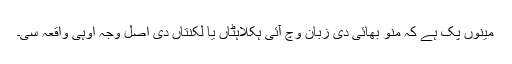
مینوں پک ہے کہ منو بھائی دی زبان وچ آئی ہکلاہٹاں یا لکنتاں دی اصل وجہ اوہی واقعہ سی۔